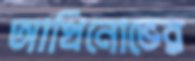
আখিনোভের